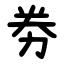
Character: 劵